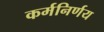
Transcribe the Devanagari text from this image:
कर्मनिर्णय